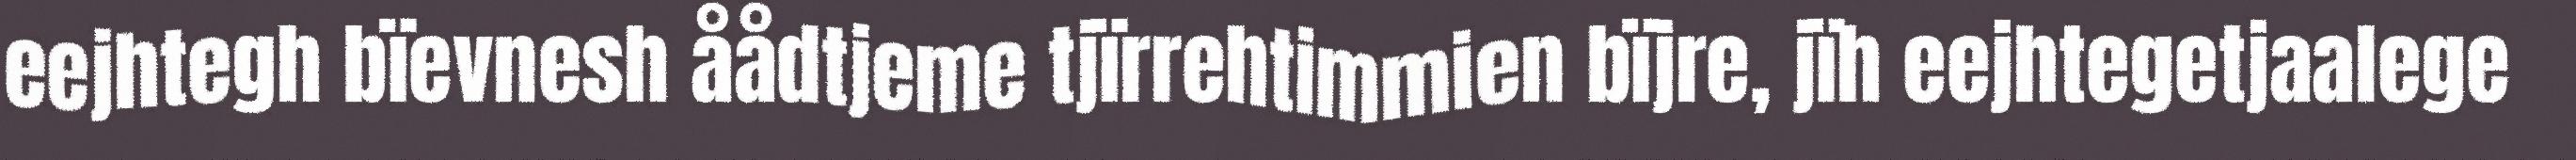
eejhtegh bïevnesh åådtjeme tjïrrehtimmien bïjre, jïh eejhtegetjaalege